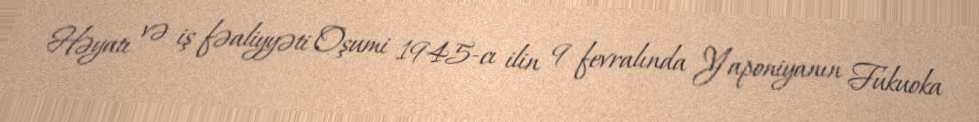
Həyatı və iş fəaliyyəti Oşumi 1945-cı ilin 9 fevralında Yaponiyanın Fukuoka